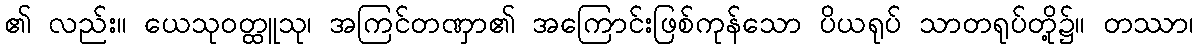
၏ လည်း။ ယေသုဝတ္ထူသု၊ အကြင်တဏှာ၏ အကြောင်းဖြစ်ကုန်သော ပိယရုပ် သာတရုပ်တို့၌။ တဿာ၊